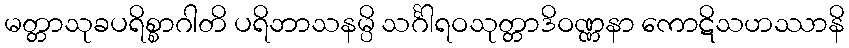
မတ္တာသုခပရိစ္စာဂါတိ ပရိဘာသနမ္ပိ သင်္ဂါရဝသုတ္တာဒိဝဏ္ဏနာ ကောဋိသဟဿာနိ